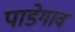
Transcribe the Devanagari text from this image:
पाडेगाव